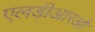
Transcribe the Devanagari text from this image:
एलडीआरओ